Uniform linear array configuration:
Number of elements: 32
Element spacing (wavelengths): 0.25
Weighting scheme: hann
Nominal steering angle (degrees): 60
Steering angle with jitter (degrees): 61.739
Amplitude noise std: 0.05
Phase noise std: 0.05

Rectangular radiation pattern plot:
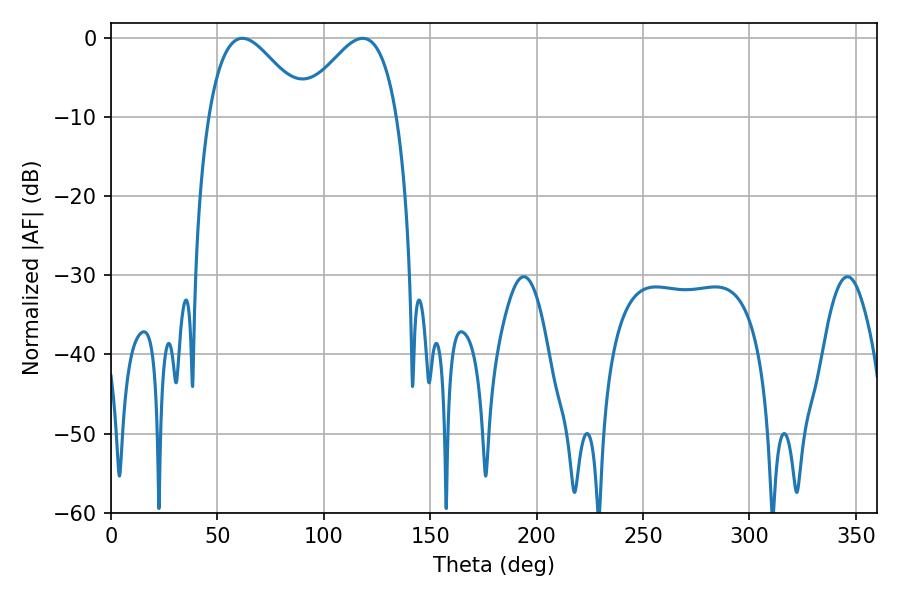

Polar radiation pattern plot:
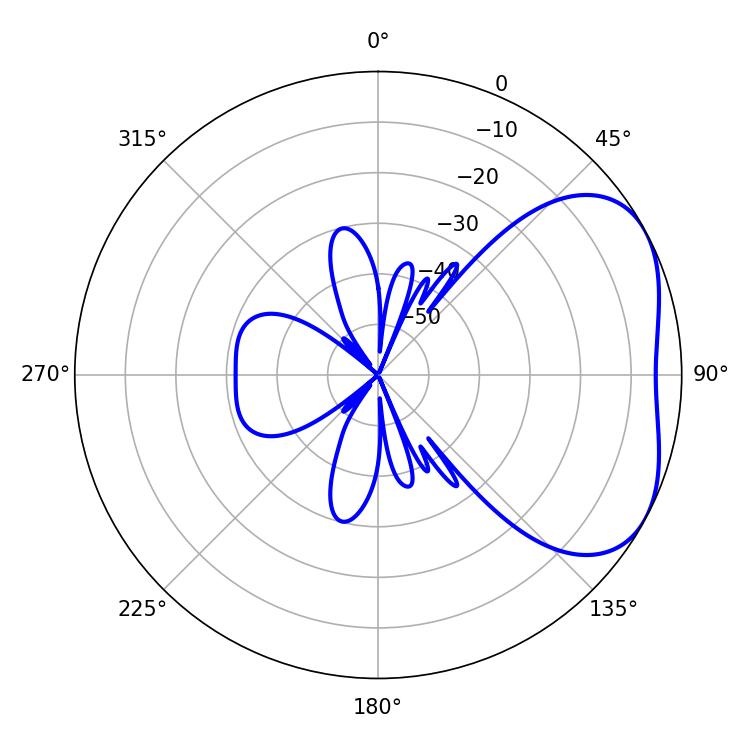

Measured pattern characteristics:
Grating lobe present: FALSE
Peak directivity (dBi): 3.811
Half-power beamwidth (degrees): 24.66
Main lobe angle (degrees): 61.74